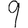
Digit: 9